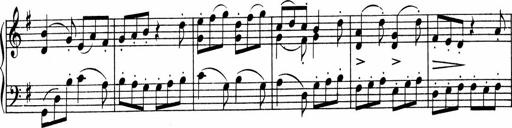
Title: 3 Sonatinen fÃ¼r Pianoforte
Composer: Fritz von Bose